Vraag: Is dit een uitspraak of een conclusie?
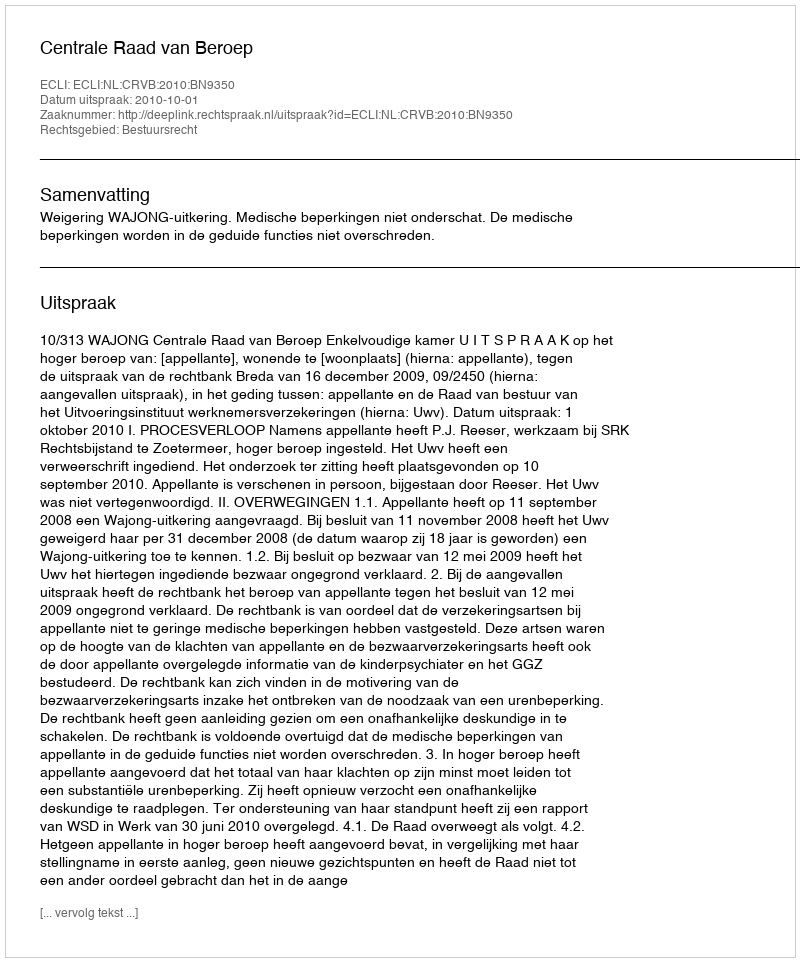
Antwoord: Uitspraak